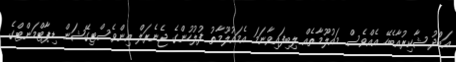
އަބްދު ޝާކިރުއާބެހޭ އެއްވެސް މައުލޫމާތެއް ލިބިފައިވާނަމަ އެމައުލޫމާތު ފުލުހުންގެ ޖެނެރަލް އިންވެސްޓިގޭޝަން ޑިޕާޓްމަންޓްގެ